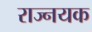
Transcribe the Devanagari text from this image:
राज्नयक